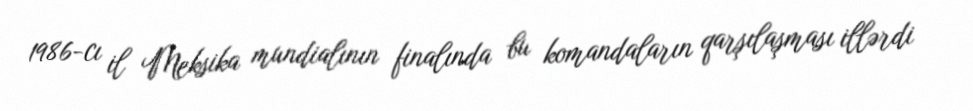
1986-cı il Meksika mundialının finalında bu komandaların qarşılaşması illərdi